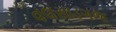
વલસાડગજ